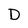
Character: D